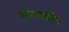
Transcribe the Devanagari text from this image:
मायलॉन